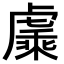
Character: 𬟯